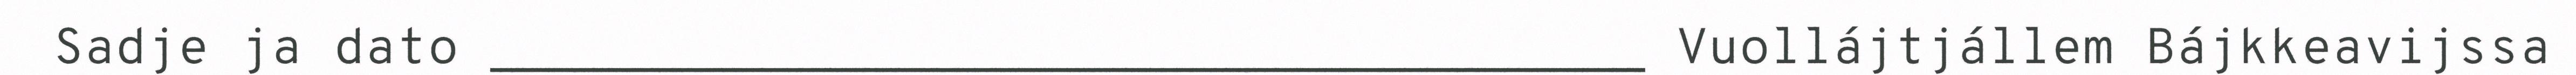
Sadje ja dato _____________________________________ Vuollájtjállem Bájkkeavijssa